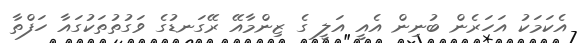
އެކަމަކު އަހަރެން ބުނިން އެއީ އަލީ ގެ ޒިންމާއޭ ރޭގަނޑުގެ ވަގުތުތަކުގައާ ހަފްތާ